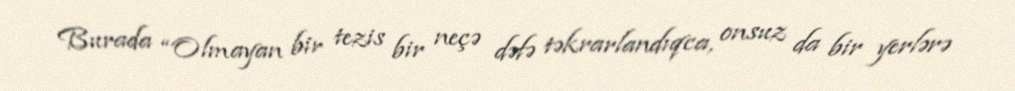
Burada “Olmayan bir tezis bir neçə dəfə təkrarlandıqca, onsuz da bir yerlərə